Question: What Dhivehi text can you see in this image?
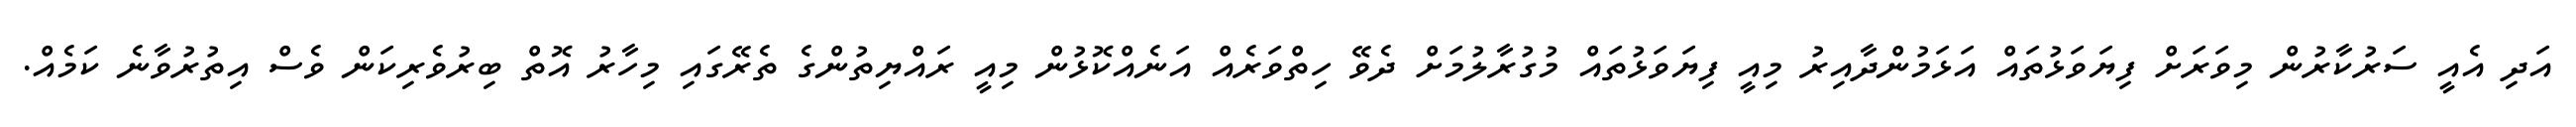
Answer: އަދި އެއީ ސަރުކާރުން މިވަރަށް ފިޔަވަޅުތައް އަޅަމުންދާއިރު މިއީ ފިޔަވަޅުތައް މުގުރާލުމަށް ދެވޭ ހިތްވަރެއް އަނެއްކޮޅުން މިއީ ރައްޔިތުންގެ ތެރޭގައި މިހާރު އޮތް ބިރުވެރިކަން ވެސް އިތުރުވާނެ ކަމެއް.